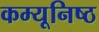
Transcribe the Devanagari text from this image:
कम्यूनिष्ठ